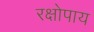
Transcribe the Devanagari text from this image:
रक्षोपाय